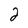
Character: 2